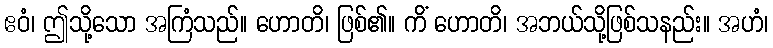
ဧဝံ၊ ဤသို့သော အကြံသည်။ ဟောတိ၊ ဖြစ်၏။ ကိံ ဟောတိ၊ အဘယ်သို့ဖြစ်သနည်း။ အဟံ၊